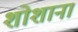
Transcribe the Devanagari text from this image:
शोशाना